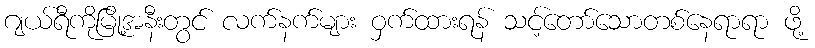
ဂျယ်ရီကိုမြို့အနီးတွင် လက်နက်များ ဝှက်ထားရန် သင့်တော်သောတစ်နေရာရာ ဖို့